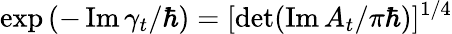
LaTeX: \exp\left(-\operatorname{Im}\gamma_{t}/\hbar\right)=[\operatorname*{det}(\operatorname{Im}A_{t}/\pi\hbar)]^{1/4}